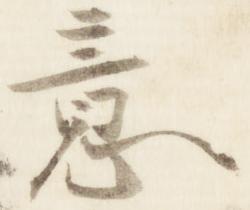
意